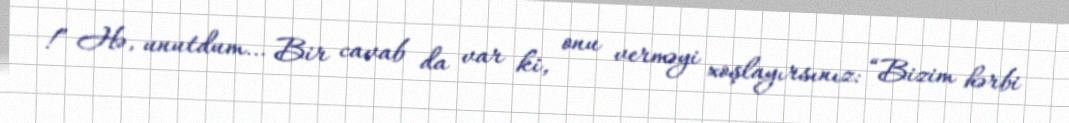
!” Hə, unutdum… Bir cavab da var ki, onu verməyi xoşlayırsınız: “Bizim hərbi